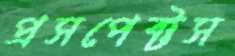
প্রসপেক্টস